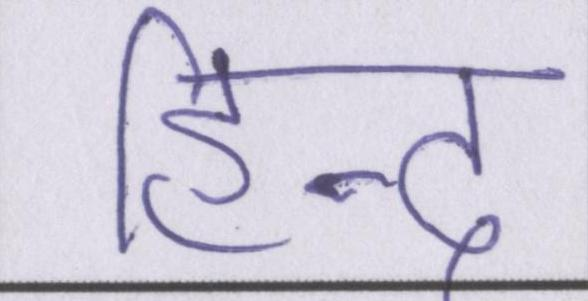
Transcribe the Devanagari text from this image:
हिन्द